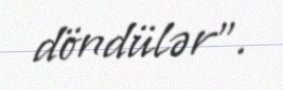
döndülər".